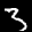
Label: 3